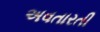
અવતારતી